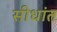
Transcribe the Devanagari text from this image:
सीधांत